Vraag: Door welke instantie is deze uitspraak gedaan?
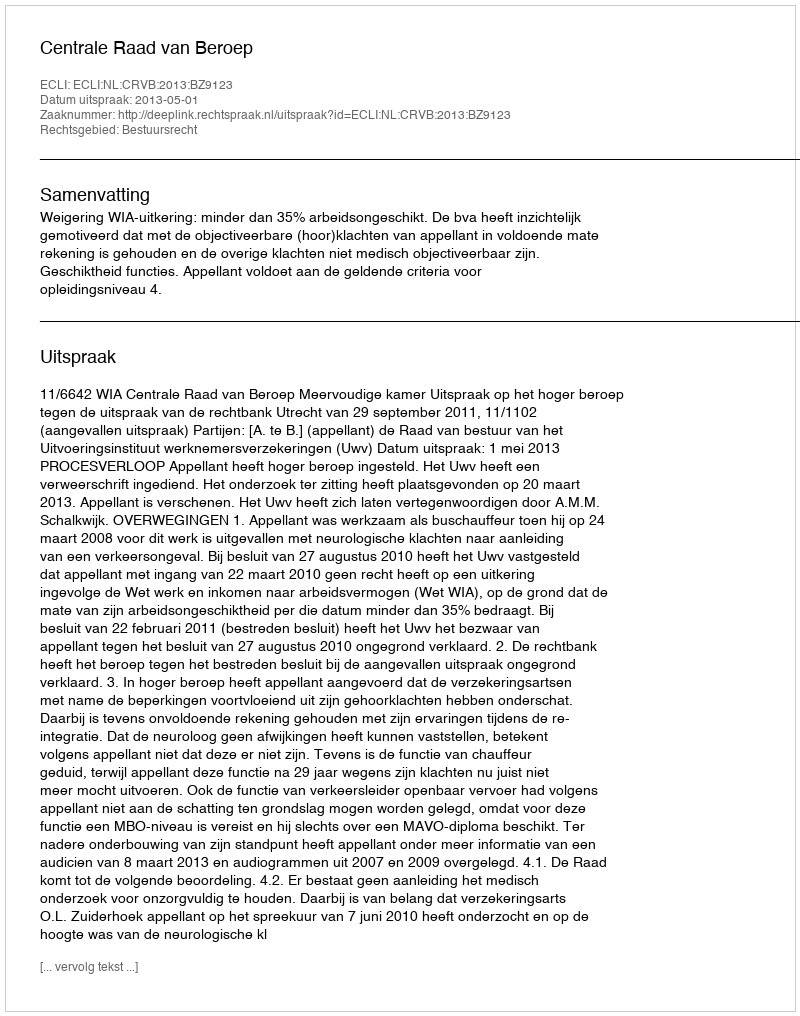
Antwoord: Centrale Raad van Beroep